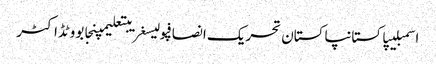
اسمبلیپاکستانپاکستان تحریک انصافپولیسغریبتعلیمپنجابووٹڈاکٹر